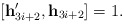
\begin{align*} [\mathbf{h}'_{{3i+2}},\mathbf{h}_{{3i+2}}] =1. \end{align*}